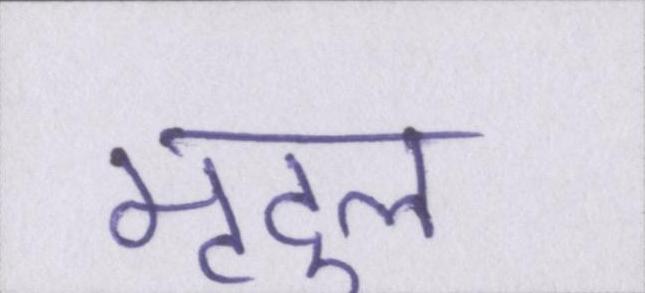
मृदुल